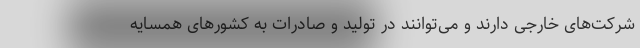
شرکت‌های خارجی دارند و می‌توانند در تولید و صادرات به کشورهای همسایه